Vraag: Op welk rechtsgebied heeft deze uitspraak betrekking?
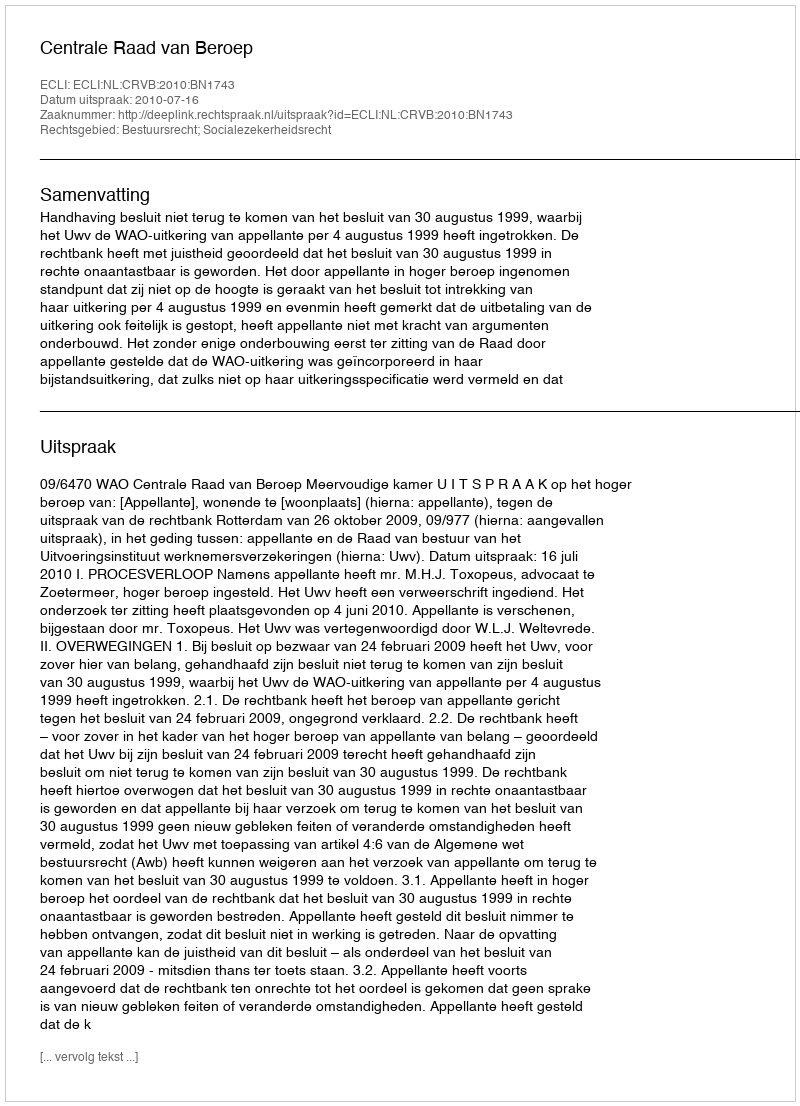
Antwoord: Bestuursrecht; Socialezekerheidsrecht